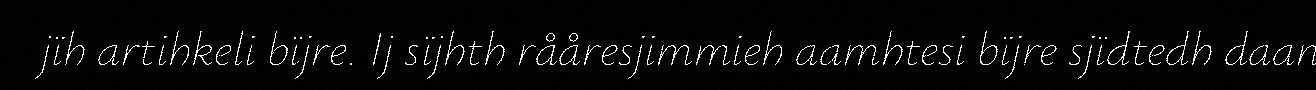
jïh artihkeli bïjre. Ij sïjhth rååresjimmieh aamhtesi bïjre sjïdtedh daan